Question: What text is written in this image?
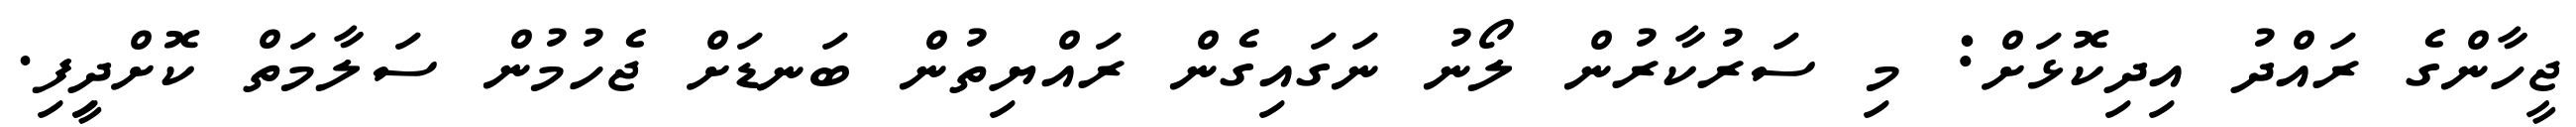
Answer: ޖީހާންގެ ރައްދު އިދިކޮޅަށް: މި ސަރުކާރުން ލޯނު ނަގައިގެން ރައްޔިތުން ބަނޑަށް ޖެހުމުން ސަލާމަތް ކޮށްދިީފި.